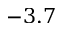
- 3 . 7